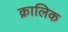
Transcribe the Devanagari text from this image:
क्रालिक